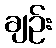
ချဉ်း